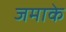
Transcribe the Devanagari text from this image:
जमाके